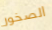
الصخور